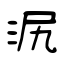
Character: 泦